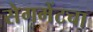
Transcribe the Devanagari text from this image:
सेगमेंटचा